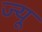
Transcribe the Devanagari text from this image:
ज्‍यू